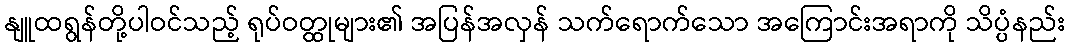
နျူထရွန်တို့ပါဝင်သည့် ရုပ်ဝတ္ထုများ၏ အပြန်အလှန် သက်ရောက်သော အကြောင်းအရာကို သိပ္ပံနည်း